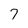
Character: 7